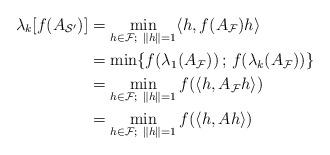
LaTeX: \begin{align*} \lambda_k[f(A_{\mathcal{S'}})] &=\min_{h\in{\mathcal{F}};\ \Vert h\Vert=1} \langle h,f(A_{\mathcal{F}})h \rangle \\&= \min\{f(\lambda_1(A_{\mathcal{F}}))\,;\,f(\lambda_k(A_{\mathcal{F}}))\} \\&= \min_{h\in{\mathcal{F}};\ \Vert h\Vert=1} f(\langle h,A_{\mathcal{F}}h \rangle) \\&= \min_{h\in{\mathcal{F}};\ \Vert h\Vert=1} f(\langle h,Ah \rangle)\end{align*}